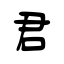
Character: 君